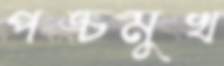
পঙ্চমুখ